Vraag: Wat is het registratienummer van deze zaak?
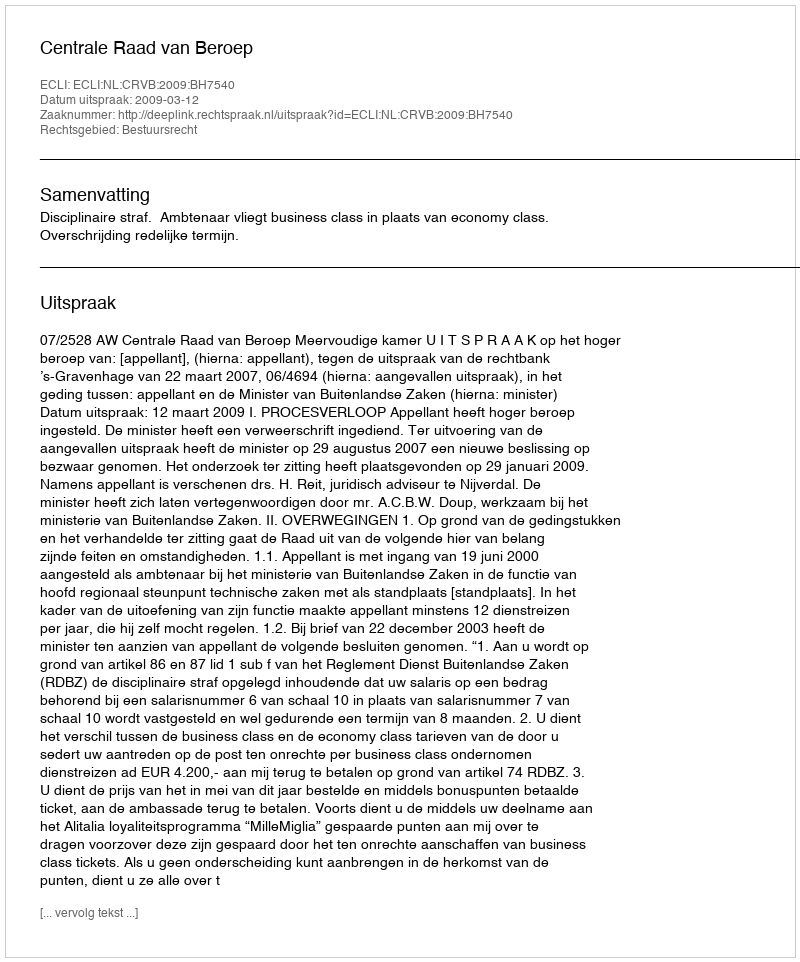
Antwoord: http://deeplink.rechtspraak.nl/uitspraak?id=ECLI:NL:CRVB:2009:BH7540